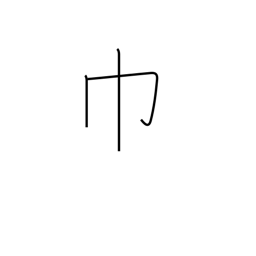
Meaning: towel